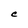
Character: C